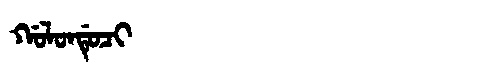
Manchu: ᡤᠣᠯᠣᠨᡩᡠᠴᡳ
Romanization: GOLONDUCI